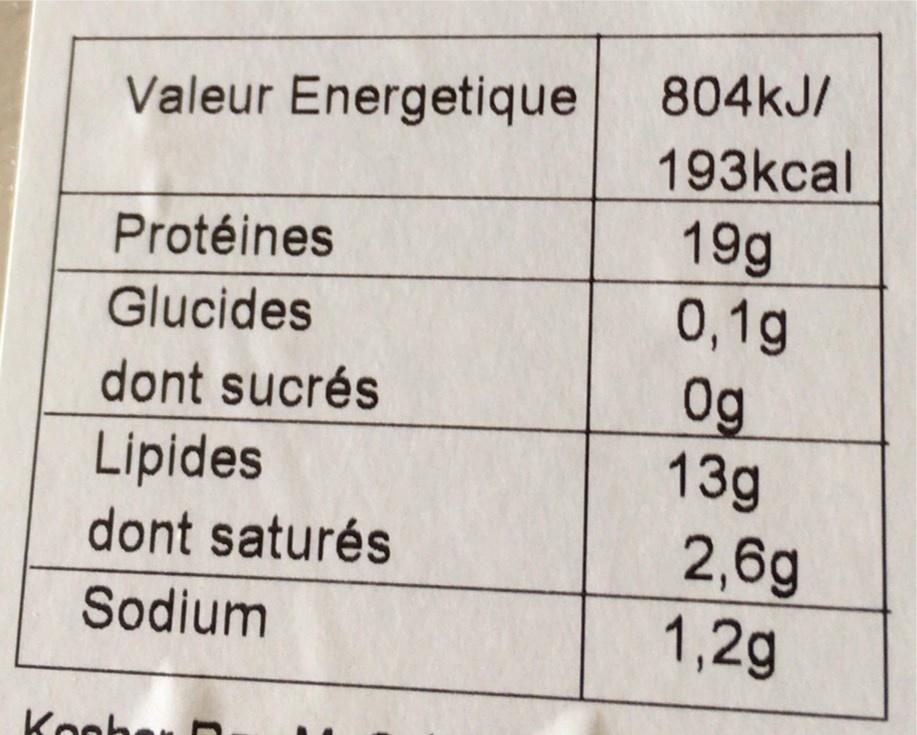
Valeur Energetique
804kJ/
193kcal
19g 0,1g 0g 13g
Protéines
Glucides
dont sucrés
Lipides
dont saturés
2,6g 1,2g
Sodium
Kooh
en